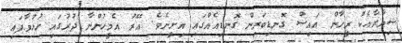
ޝިޔާރާއެކު ރީހާން އައިސް ގޮނޑިބަރިން ގޮނޑިއެއްގައި އިށީނެވެ. އޭރު އެމީހުންނާ ދުރުގައި ހުޅުވާފައި